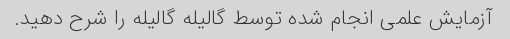
آزمایش علمی انجام شده توسط گالیله گالیله را شرح دهید.